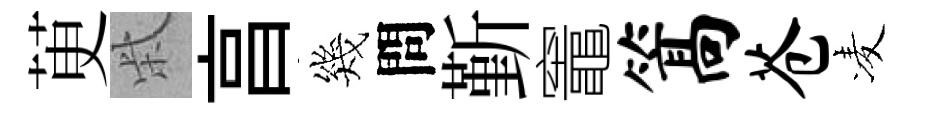
茰柴亯幾問斳竈篙苍凌